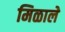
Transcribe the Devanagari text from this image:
मिळालेे